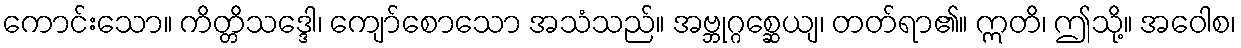
ကောင်းသော။ ကိတ္တိသဒ္ဒေါ၊ ကျော်စောသော အသံသည်။ အဗ္ဘုဂ္ဂစ္ဆေယျ၊ တတ်ရာ၏။ ဣတိ၊ ဤသို့။ အဝေါစ၊